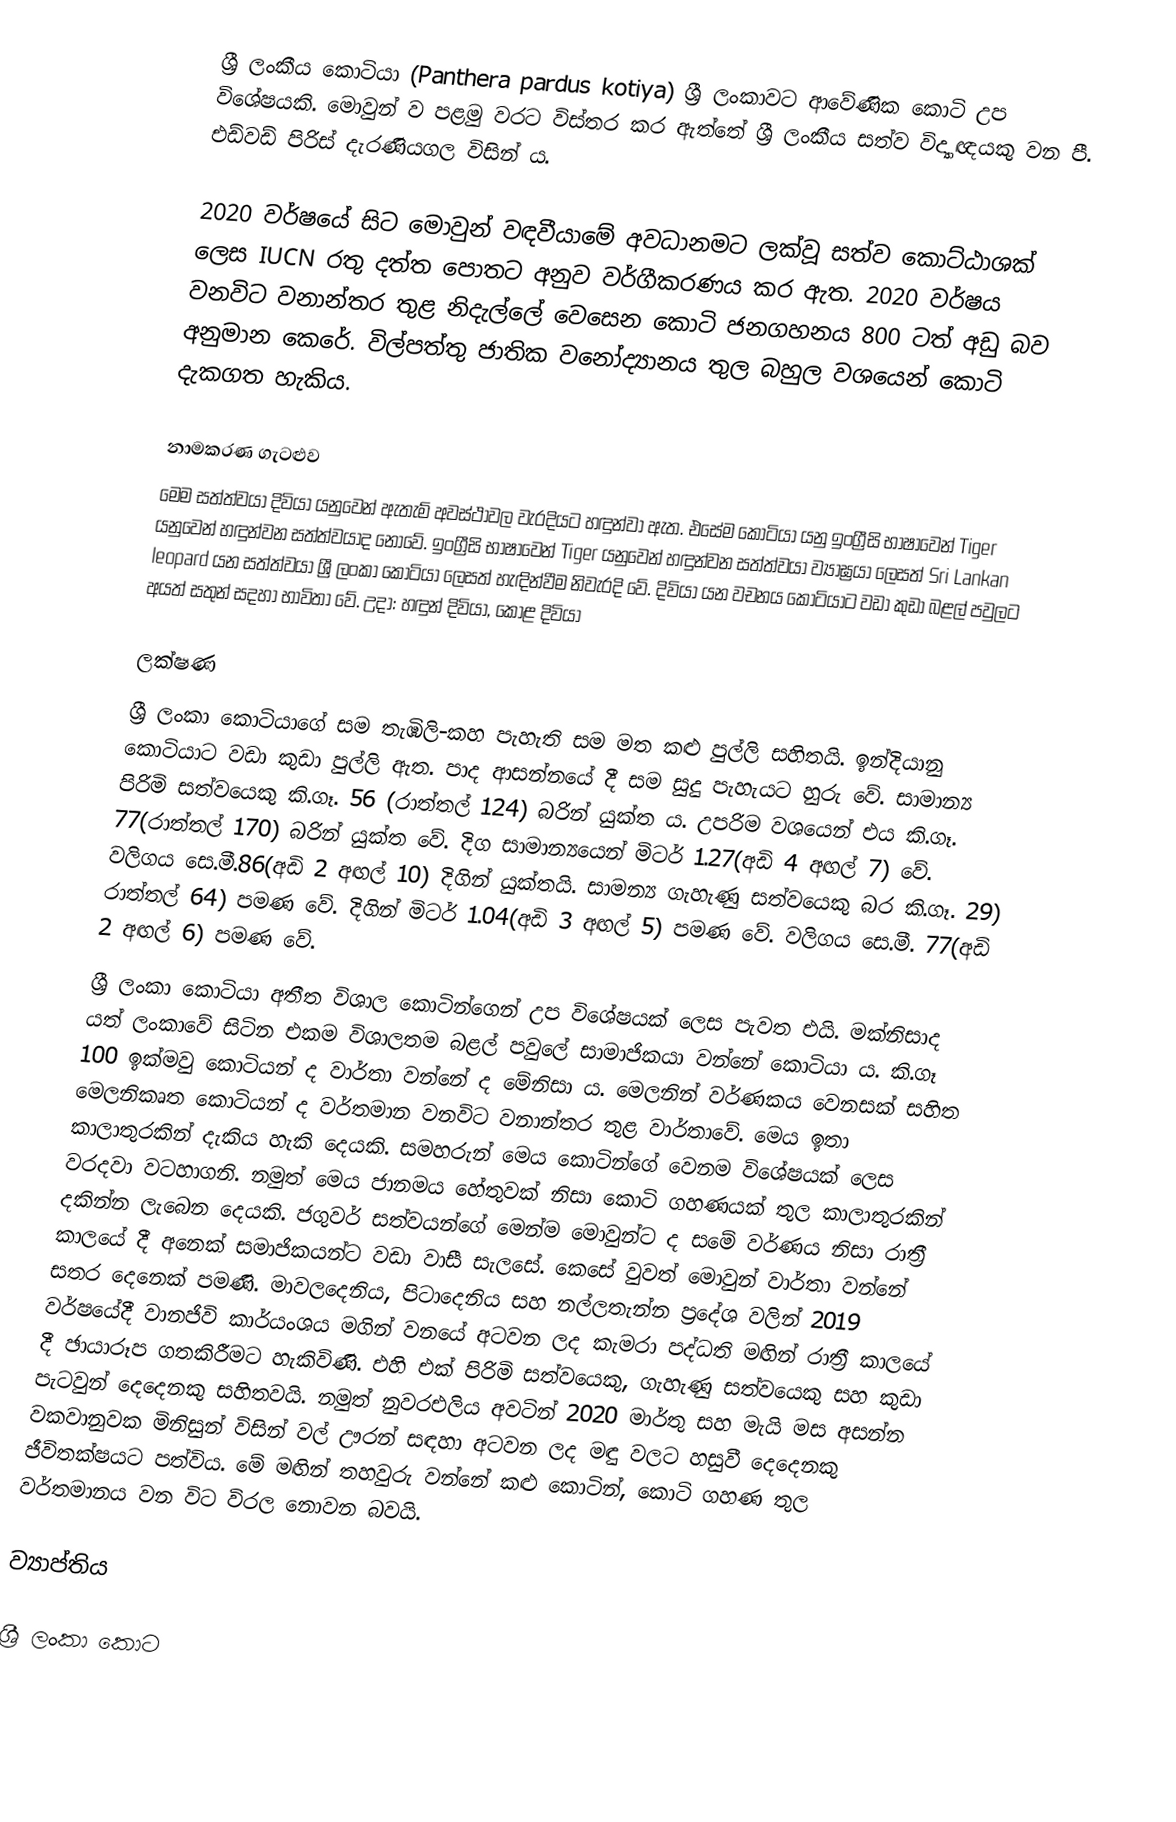
ශ්‍රී ලංකීය කොටියා (Panthera pardus kotiya) ශ්‍රී ලංකාවට ආවේණික කොටි උප විශේෂයකි. මොවුන් ව පළමු වරට විස්තර කර ඇත්තේ ශ්‍රී ලංකීය සත්ව විද්‍යාඥයකු වන පී. එඩ්වඩ් පිරිස් දැරණියගල විසින් ය.

2020 වර්ෂයේ සිට මොවුන් වඳවීයාමේ අවධානමට ලක්වූ සත්ව කොට්ඨාශක් ලෙස IUCN රතු දත්ත පොතට අනුව වර්ගීකරණය කර ඇත. 2020 වර්ෂය වනවිට වනාන්තර තුළ නිදැල්ලේ වෙසෙන කොටි ජනගහනය 800 ටත් අඩු බව අනුමාන කෙරේ. විල්පත්තු ජාතික වනෝද්‍යානය තුල බහුල වශයෙන් කොටි දැකගත හැකිය.

නාමකරණ ගැටළුව
මෙම සත්ත්වයා දිවියා යනුවෙන් ඇතැම් අවස්ථාවල වැරදියට හඳුන්වා ඇත. එසේම කොටියා යනු ඉංග්‍රීසි භාෂාවෙන් Tiger යනුවෙන් හඳුන්වන සත්ත්වයාද නොවේ. ඉංග්‍රීසි භාෂාවෙන් Tiger යනුවෙන් හඳුන්වන සත්ත්වයා ව්‍යාඝ්‍රයා ලෙසත් Sri Lankan leopard යන සත්ත්වයා ශ්‍රී ලංකා කොටියා ලෙසත් හැඳින්වීම නිවැරදි වේ. දිවියා යන වචනය කොටියාට වඩා කුඩා බළල් පවුලට අයත් සතුන් සදහා භාවිතා වේ. උදා: හඳුන් දිවියා, කොළ දිවියා

ලක්ෂණ
ශ්‍රී ලංකා කොටියාගේ සම තැඹිලි-කහ පැහැති සම මත කළු පුල්ලි සහිතයි. ඉන්දියානු කොටියාට වඩා කුඩා පුල්ලි ඇත. පාද ආසන්නයේ දී සම සුදු පැහැයට හුරු වේ. සාමාන්‍ය පිරිමි සත්වයෙකු කි.ගෑ. 56 (රාත්තල් 124) බරින් යුක්ත ය. උපරිම වශයෙන් එය කි.ගෑ. 77(රාත්තල් 170) බරින් යුක්ත වේ. දිග සාමාන්‍යයෙන් මිටර් 1.27(අඩි 4 අඟල් 7) වේ. වලිගය සෙ.මී.86(අඩි 2 අඟල් 10) දිගින් යුක්තයි. සාමන්‍ය ගැහැණු සත්වයෙකු  බර කි.ගෑ. 29) රාත්තල් 64) පමණ වේ. දිගින් මිටර් 1.04(අඩි 3 අඟල් 5) පමණ වේ. වලිගය සෙ.මී. 77(අඩි 2 අඟල් 6) පමණ වේ.
ශ්‍රී ලංකා කොටියා අතීත විශාල කොටින්ගෙන් උප විශේෂයක් ලෙස පැවත එයි. මක්නිසාද යත් ලංකාවේ සිටින එකම විශාලතම බළල් පවුලේ සාමාජිකයා වන්නේ කොටියා ය. කි.ගෑ 100 ඉක්මවු කොටියන් ද වාර්තා වන්නේ ද මේනිසා ය. මෙලනින් වර්ණකය වෙනසක් සහිත මෙලනිකෘත කොටියන් ද වර්තමාන වනවිට වනාන්තර තුළ වාර්තාවේ. මෙය ඉතා කාලාතුරකින් දැකිය හැකි දෙයකි. සමහරුන් මෙය කොටින්ගේ වෙනම විශේෂයක් ලෙස වරදවා වටහාගනි. නමුත් මෙය ජානමය හේතුවක් නිසා කොටි ගහණයක් තුල කාලාතුරකින් දකින්න ලැබෙන දෙයකි. ජගුවර් සත්වයන්ගේ මෙන්ම මොවුන්ට ද සමේ වර්ණය නිසා රාත්‍රී කාලයේ දී අනෙක් සමාජිකයන්ට වඩා වාසී සැලසේ. කෙසේ වුවත් මොවුන් වාර්තා වන්නේ සතර දෙනෙක් පමණි. මාවලදෙනිය, පිටාදෙනිය සහ නල්ලතැන්න ප්‍රදේශ වලින් 2019 වර්ෂයේදී වානජිවි කාර්යංශය මගින් වනයේ අටවන ලද කැමරා පද්ධති මඟින් රාත්‍රී කාලයේ දී ඡායාරූප ගතකිරීමට හැකිවිණි. එහි එක් පිරිමි සත්වයෙකු, ගැහැණු සත්වයෙකු සහ කුඩා පැටවුන් දෙදෙනකු සහිතවයි. නමුත් නුවරඑලිය අවටින් 2020 මාර්තු සහ මැයි මස අසන්න වකවානුවක මිනිසුන් විසින් වල් ඌරන් සඳහා අටවන ලද මඳු වලට හසුවී දෙදෙනකු ජීවිතක්ෂයට පත්විය. මේ මඟින් තහවුරු වන්නේ කළු කොටින්, කොටි ගහණ තුල වර්තමානය වන විට විරල නොවන බවයි.

ව්‍යාප්තිය

ශ්‍රී ලංකා කොට